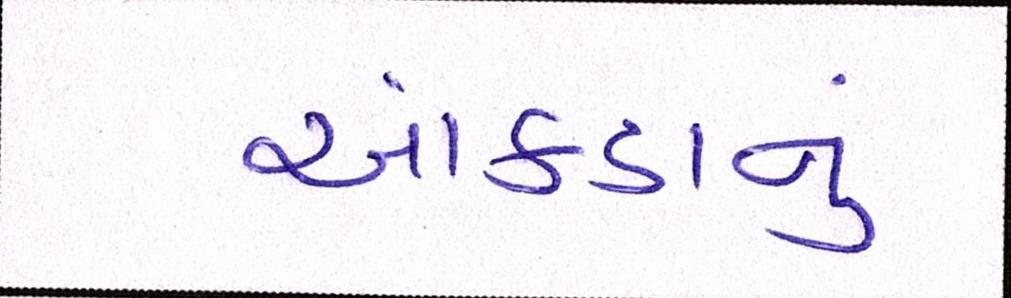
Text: આંકડાનું